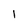
Character: I